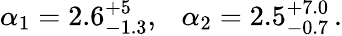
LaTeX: \begin{array}{r}{\alpha_{1}=2.6_{-1.3}^{+5},~~~\alpha_{2}=2.5_{-0.7}^{+7.0}\, .}\end{array}